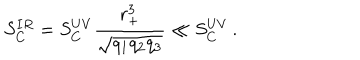
S _ { C } ^ { I R } = S _ { C } ^ { U V } \frac { r _ { + } ^ { 3 } } { \sqrt { q _ { 1 } q _ { 2 } q _ { 3 } } } \ll S _ { C } ^ { U V } \, .